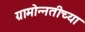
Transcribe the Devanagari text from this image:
ग्रामोन्नतीच्या